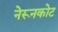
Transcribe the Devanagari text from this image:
नेरूनकोट